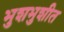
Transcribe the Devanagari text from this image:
भुशभुशीत